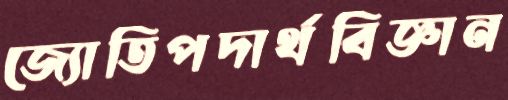
জ্যোতিপদার্থবিজ্ঞান